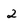
Character: 2